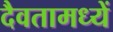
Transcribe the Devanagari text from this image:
दैवतामध्यें